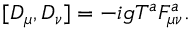
[ D _ { \mu } , D _ { \nu } ] = - i g T ^ { a } F _ { \mu \nu } ^ { a } .